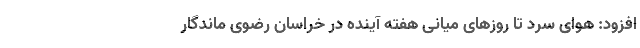
افزود: هوای سرد تا روزهای میانی هفته آینده در خراسان رضوی ماندگار